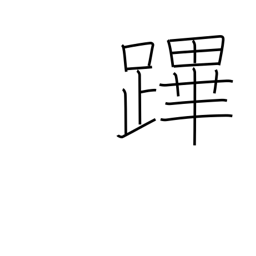
Meaning: one who preceeds king in procession